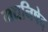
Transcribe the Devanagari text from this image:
मद्यनिषेद